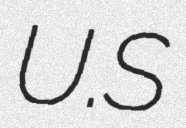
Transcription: U.S